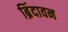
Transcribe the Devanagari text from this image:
ब्रिंदावन